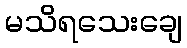
မသိရသေးချေ